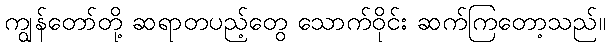
ကျွန်တော်တို့ ဆရာတပည့်တွေ သောက်ဝိုင်း ဆက်ကြတော့သည်။